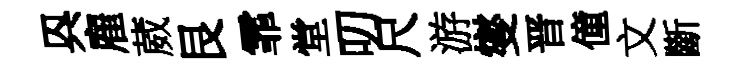
㒷雇葳艮霏堂叨尺游燮晋僮文斷